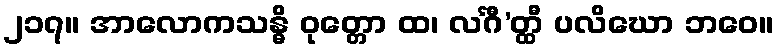
၂၁၇။ အာလောကသန္ဓိ ဝုတ္တော ထ၊ လင်္ဂီ’တ္ထီ ပလိဃော ဘဝေ။